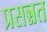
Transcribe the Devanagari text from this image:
प्रसन्नत